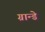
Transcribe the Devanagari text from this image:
ग्रान्डे